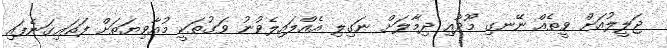
ޖަލީލުއަށް ވީތެއް ނޭނގި މޫދާއި ދިމާލަށް ނަގިލި އެއްލައިލެވުނު ވަގުތަކީ މުއާވިޔަތަށް ފަތައިގަނެފައި